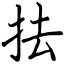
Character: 抾